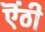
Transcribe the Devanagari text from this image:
ऎंठी